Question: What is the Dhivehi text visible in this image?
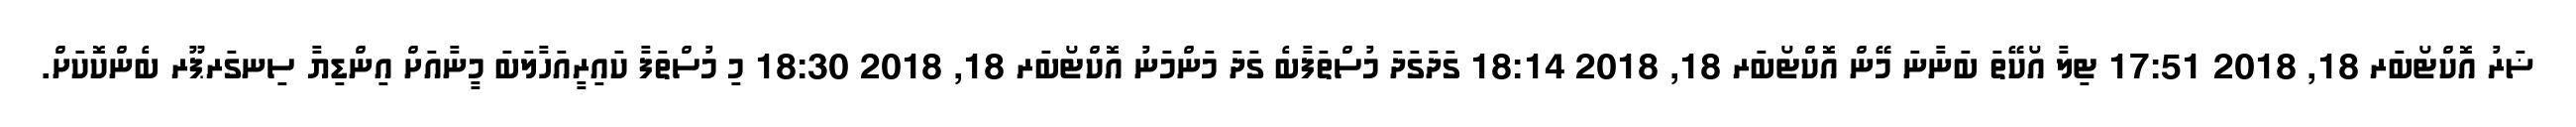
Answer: ޟަރު އޮކްޓޯބަރ 18, 2018 17:51 ޓިލާ އޯކޭތަ ބަނާނަ މޭން އޮކްޓޯބަރ 18, 2018 18:14 ގަދަގަދަ މުސްތަފާބެ ގަދަ މަންމަނު އޮކްޓޯބަރ 18, 2018 18:30 މި މުސްތަފާ ކައިރީއަހާލަބަ މީނާއަށް އިންޑިޔާ ސިނގަރޕޫރ ބެންކޮކަށް.